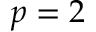
p = 2